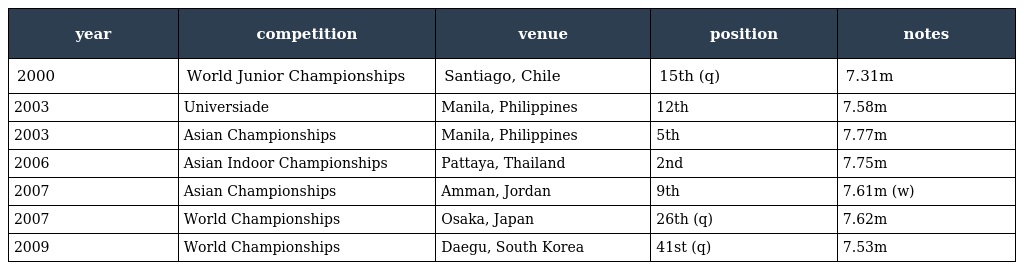
| year | competition | venue | position | notes |
 | --- | --- | --- | --- | --- |
 | 2000 | World Junior Championships | Santiago, Chile | 15th (q) | 7.31m |
 | 2003 | Universiade | Manila, Philippines | 12th | 7.58m |
 | 2003 | Asian Championships | Manila, Philippines | 5th | 7.77m |
 | 2006 | Asian Indoor Championships | Pattaya, Thailand | 2nd | 7.75m |
 | 2007 | Asian Championships | Amman, Jordan | 9th | 7.61m (w) |
 | 2007 | World Championships | Osaka, Japan | 26th (q) | 7.62m |
 | 2009 | World Championships | Daegu, South Korea | 41st (q) | 7.53m |